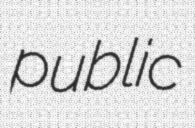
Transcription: public